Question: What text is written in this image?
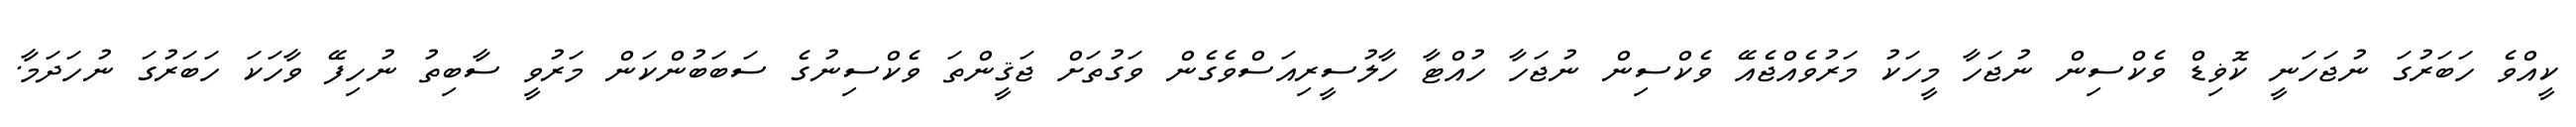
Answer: ކީއްވެ ހަބަރުގަ ނުޖަހަނީ ކޮޥިޑް ވެކްސިން ނުޖަހާ މީހަކު މަރުވެއްޖެއޭ ވެކްސިން ނުޖަހާ ހުއްޓާ ހާލުސީރިއަސްވެގެން ވަގުތަށް ޖަޤީންތަ ވެކްސިނުގެ ސަބަބުންކަން މަރުވީ ސާބިތު ނުހިފޭ ވާހަކަ ހަބަރުގަ ނުހަދަމާ.